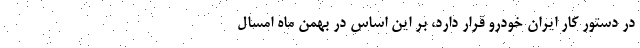
در دستور کار ایران خودرو قرار دارد، بر این اساس در بهمن ماه امسال